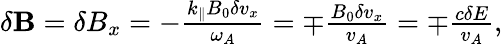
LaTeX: \begin{array}{r}{\delta\mathbf{B}=\delta B_{x}=-\frac{k_{\parallel}B_{0}\delta v_{x}}{\omega_{A}}=\mp\frac{B_{0}\delta v_{x}}{v_{A}}=\mp\frac{c\delta E}{v_{A}},}\end{array}